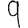
Digit: 9